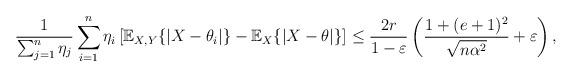
LaTeX: \begin{align*} \frac{1}{\sum_{j = 1}^n \eta_j}\sum_{i = 1}^n \eta_i \left[\mathbb{E}_{X, Y}\{|X - \theta_i|\} - \mathbb{E}_X\{|X - \theta|\}\right] \leq \frac{2r}{1 - \varepsilon} \left(\frac{1+(e+1)^2}{\sqrt{n\alpha^2}} + \varepsilon\right),\end{align*}